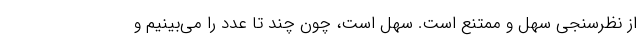
از نظرسنجی سهل و ممتنع است. سهل است، چون چند تا عدد را می‌بینیم و